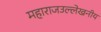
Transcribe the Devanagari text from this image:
महाराजउल्लेखनीय